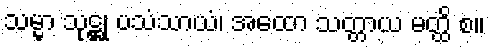
သမ္မာ သုဋ္ဌု ပသံသာယံ၊ အထော သတ္တာယ မတ္ထိ စ။